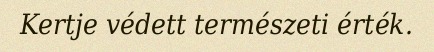
Kertje védett természeti érték.